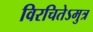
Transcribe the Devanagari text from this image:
विरचितेऽमुत्र